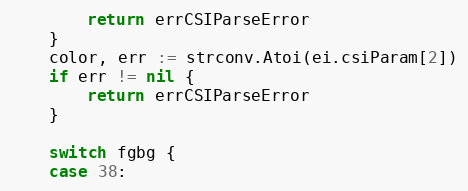
Language: Go
		return errCSIParseError
	}
	color, err := strconv.Atoi(ei.csiParam[2])
	if err != nil {
		return errCSIParseError
	}

	switch fgbg {
	case 38: